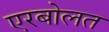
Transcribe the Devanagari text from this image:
एरबोलत